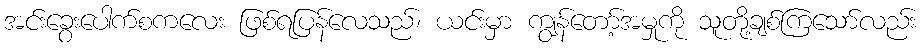
အင်းခွေးပေါက်စကလေး ဖြစ်ရပြန်လေသည်၊ ယင်းမှာ ကျွန်တော့်အမှုကို သူတို့ချစ်ကြသော်လည်း